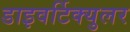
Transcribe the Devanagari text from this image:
डाइवर्टिक्युलर